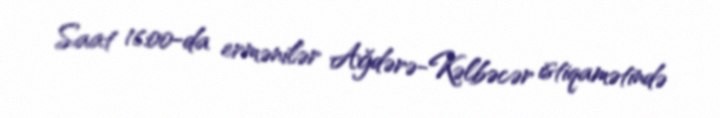
Saat 16:00-da ermənilər Ağdərə-Kəlbəcər istiqamətində